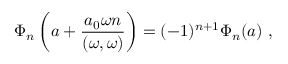
\Phi _ { n } \left( a + \frac { a _ { 0 } \omega n } { ( \omega , \omega ) } \right) = ( - 1 ) ^ { n + 1 } \Phi _ { n } ( a ) \ ,